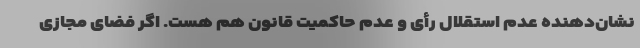
نشان‌دهنده عدم استقلال رأی و عدم حاکمیت قانون هم هست. اگر فضای مجازی